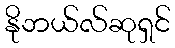
နိုဘယ်လ်ဆုရှင်